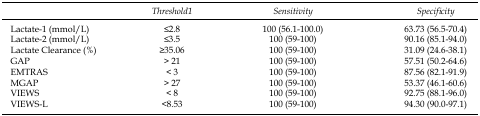
<table><thead><tr><td></td><td><b>Threshold<sup>1</sup></b></td><td><b>Sensitivity</b></td><td><b>Specificity</b></td></tr></thead><tbody><tr><td>Lactate-1 (mmol/L)</td><td>≤2.8</td><td>100 (56.1-100.0)</td><td>63.73 (56.5-70.4)</td></tr><tr><td>Lactate-2 (mmol/L)</td><td>≤3.5</td><td>100 (59-100)</td><td>90.16 (85.1-94.0)</td></tr><tr><td>Lactate Clearance (%)</td><td>≥35.06</td><td>100 (59-100)</td><td>31.09 (24.6-38.1)</td></tr><tr><td>GAP</td><td>&gt; 21</td><td>100 (59-100)</td><td>57.51 (50.2-64.6)</td></tr><tr><td>EMTRAS</td><td>&lt; 3</td><td>100 (59-100)</td><td>87.56 (82.1-91.9)</td></tr><tr><td>MGAP</td><td>&gt; 27</td><td>100 (59-100)</td><td>53.37 (46.1-60.6)</td></tr><tr><td>VIEWS</td><td>&lt; 8</td><td>100 (59-100)</td><td>92.75 (88.1-96.0)</td></tr><tr><td>VIEWS-L</td><td>&lt;8.53</td><td>100 (59-100)</td><td>94.30 (90.0-97.1)</td></tr></tbody></table>